Vaccination North-Western Provinces 1866-1877 - 1866-1877
Year: 1866
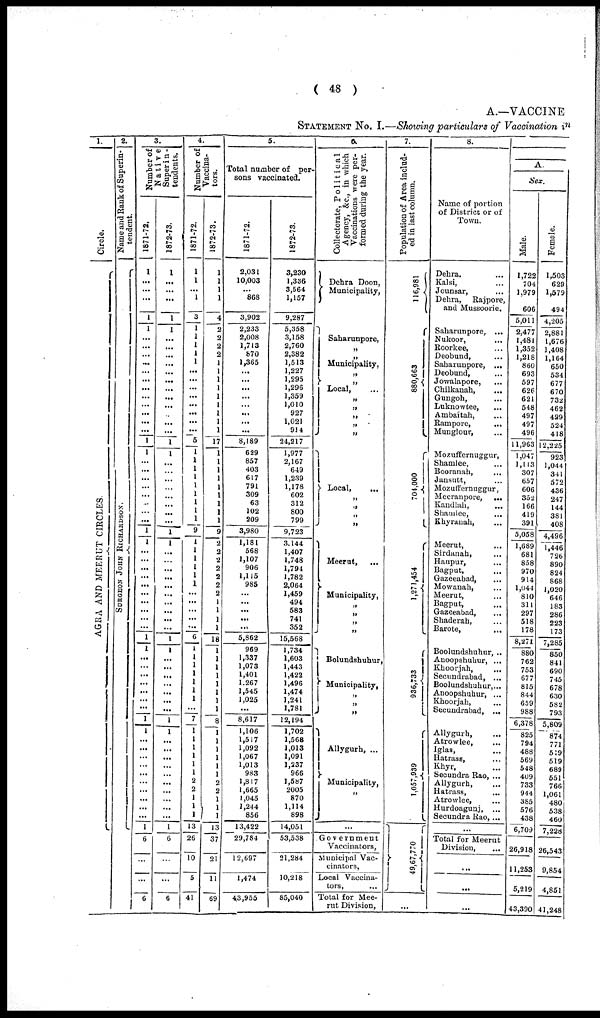
( 48 )
A.—VACCINE
STATEMENT No. I.—Showing particulars of Vaccination in
1.
Circle.
AGRA AND ME E RUT CIRCLES.
2.
Name and Rank of Superin¬
tendent.
S
URGE ON J
OHN RICHARDS ON.
3.
Number of
Native
Superin-
tendents.
1871-72.
1
...
...
...
1
1
...
...
...
...
...
...
...
...
...
...
...
...
1
1
...
...
...
...
...
...
...
...
1
1
...
...
...
...
...
...
...
...
...
...
1
1
...
...
...
...
...
...
...
1
1
...
...
...
...
...
...
...
...
...
...
1
6
...
...
6
1872-73.
1
...
...
...
1
1
...
...
...
...
...
...
...
...
...
...
1
1
...
...
...
...
...
...
...
...
1
1
...
...
...
...
...
...
...
...
...
...
1
1
...
...
...
...
...
...
...
1
1
...
...
...
...
...
...
...
...
...
...
1
6
...
...
6
4.
Number of
Vaccina¬
tors.
1871-72.
1
1
...
1
3
1
1
1
1
1
...
...
...
...
...
...
...
...
5
1
1
1
1
1
1
1
1
1
9
1
1
1
1
1
1
...
...
...
...
...
6
1
1
1
1
1
1
1
...
7
1
1
1
1
1
1
2
2
1
1
1
13
26
10
5
41
1872-73.
1
1
1
1
4
2
2
2
2
1
1
1
1
1
1
1
1
1
17
1
1
1
1
1
1
1
1
1
9
2
2
2
2
2
2
2
1
1
1
1
18
1
1
1
1
1
1
1
1
8
1
1
1
1
1
1
2
2
1
1
1
13
37
21
11
69
5.
Total number of per-
sons vaccinated.
1871-72.
2,031
10,003
...
868
3,902
2,233
2,008
1,713
870
1,365
...
...
...
...
...
...
...
...
8,189
629
857
403
617
791
309
63
102
209
3,980
1,181
568
1,107
906
1,115
985
...
...
...
...
...
5,862
969
1,337
1,073
1,401
1,267
1,545
1,025
...
8,617
1,106
1,517
1,092
1,067
1,013
983
1,817
1,665
1,045
1,244
856
13,422
29,784
12,697
1,474
43,955
1872-73.
3,230
1,336
3,564
1,157
9,287
5,358
3,158
2,760
2,382
1,513
1227 1,295
1,296
1,359
1,010
927
1,021
914
24,217
1,977
2,167
649
1,239
1,178
602
312
800
799
9,723
3,144
1,407
1,748
1,794
1,782
2,064
1,459
494
583
741
352
15,568
1,734
1,603
1,443
1,422
1,496
1,474
1,241
1,781
12,194
1,702
1,568
1,013
1,091
1,237
966
l,567
2005
870
1,114
898
14,051
53,538
21,284
10,218
85,040
6.
Collectorate, Political
Agency, &c.,
in which
Vaccinations were per-
formed during the year.
Dehra Doon,
Municipality,
Saharunpore,
„
„
Municipality,
„
„
Local, ...
„
„
„
„
„
Local,
...
Meerut,
...
Municipality,
„
„
„
„
Bolundshuhur,
Municipality,
Allygurh, ...
Municipality,
...
Government
Vaccinators,
Municipal Vac-
cinators,
Local Vaccina-
tors, ...
Total for Mee-
rut Division,
7.
Population of Area includ-
ed in last column.
116,981
880,663
704,000
1,271,454
936,733
1,057,939
49,67,770
...
8.
Name of portion
of District or of
Town.
Dehra, ...
Kalsi, ...
Jounsar, ...
Dehra, Rajpore,
and Mussoorie.
Saharunpore, ...
Nukoor, ...
Roorkee, ...
Deobund, ...
Saharunpore, ...
Deobund, ...
Jowalapore, ...
Chilkanah, ...
Gungoh, ...
Luknowtee, ...
Ambaítah, ...
Rampore, ...
Munglour, ...
Mozuffernuggur,
Shamlee, ...
Booranah, ...
Jansutt, ...
Mozuffernuggur,
Meeranpore, ...
Kandlah, ...
Shamlee, ...
Khyranah, ...
Meerut, ...
Sirdanah, ...
Haupur, ...
Bagput, ...
Gazeeabad, ...
Mowanah, ...
Meerut, ...
Bagput, ...
Gazeeabad, ...
Shaderah, ...
Barote, ...
Boolundshuhur, ...
Anoopshuhur, ...
Khoorjah, ...
Secundrabad, ...
Boolundshuhur, ...
Anoopshuhur, ...
Khoorjah, ...
Secundrabad, ...
Allygurh, ...
Atrowlee, ...
Iglas, ...
Hatrass, ...
Khyr, ...
Secundra Rao, ...
Allygurh, ...
Hatrass, ...
Atrowlee, ...
Hurdoagunj, ...
Secundra Rao, ...
...
Total for Meerut
Division, ...
...
...
...
A.
Sex.
Male.
1,722
704
1,979
606
5,011
2,477
1,481
1,352
1,218
860
693
597
626
621
548
497
497
496
11,963
1,047
1,113
307
657
606
352
166
419
391
5,058
1,689
681
858
970
914
1,044
810
311
297
518
178
8,271
880
762
753
677
815
844
659
988
6,378
825
794
488
569
548
409
733
944
385
576
438
6,709
26,918
11,253
5,219
43,390
Female.
1,503
629
1,579
494
4,205
2,881
1,676
1,408
1,164
650
534
677
670
732
462
429
524
418
12,225
923
1,044
341
572
436
247
144
381
408
4,496
1,446
726
890
824
868
1,020
646
183
286
223
173
7,285
850
841
690
745
678
630
582
793
5,809
874
771
519
519
689
551
766
1,061
480
538
460
7,228
26,543
9,854
4,851
41,248